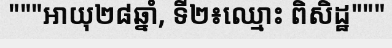
"""អាយុ២៨ឆ្នាំ, ទី២៖ឈ្មោះ ពិសិដ្ឋ"""